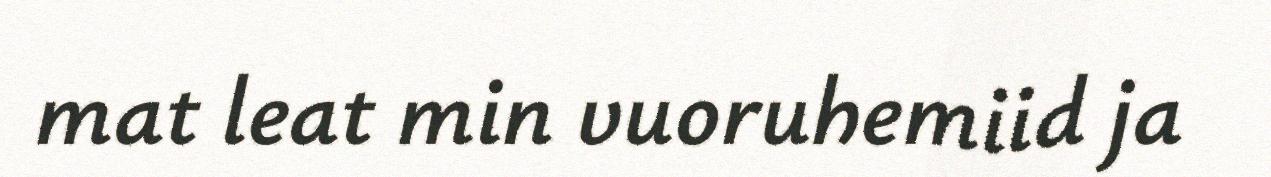
mat leat min vuoruhemiid ja